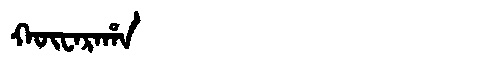
Manchu: ᡴᡡᠸᠠᡵᠠᡥᠠ
Romanization: KŪWARAHA